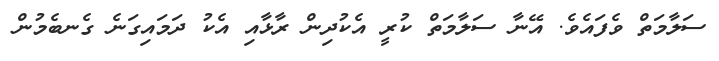
ސަލާމަތް ވެފައެވެ. އޭނާ ސަލާމަތް ކުރީ އެކުދިން ރާޅާއި އެކު ދަމައިގަނެ ގެނބެމުން